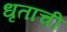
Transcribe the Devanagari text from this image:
धृताची